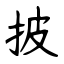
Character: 披